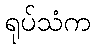
ရုပ်သံက